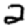
Digit: 2